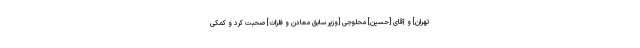
تهران] و آقاى [حسین] محلوجى [وزیر سابق معادن و فلزات] صحبت كرد و كمكى